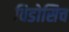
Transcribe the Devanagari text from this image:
विडोसिच